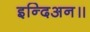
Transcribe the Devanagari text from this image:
इन्दिअन॥